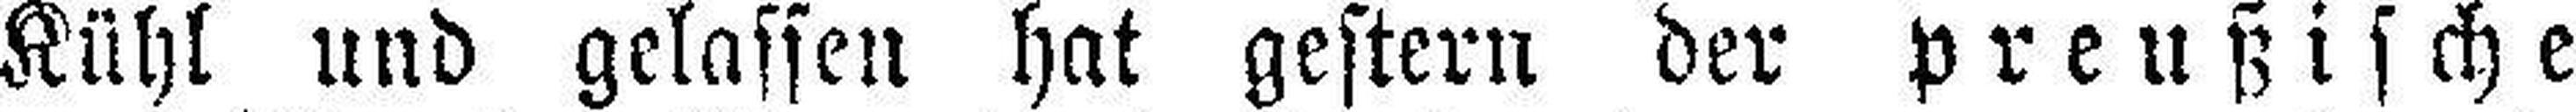
Kühl und gelassen hat gestern der preußische